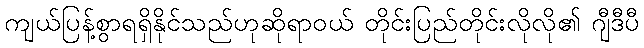
ကျယ်ပြန့်စွာရရှိနိုင်သည်ဟုဆိုရာဝယ် တိုင်းပြည်တိုင်းလိုလို၏ ဂျီဒီပီ